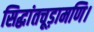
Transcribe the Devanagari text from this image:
सिद्धांतचूड़ामणि।